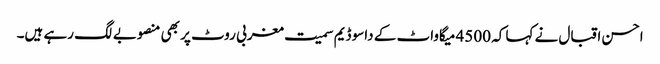
احسن اقبال نے کہا کہ 4500 میگاواٹ کے داسو ڈیم سمیت مغربی روٹ پر بھی منصوبے لگ رہے ہیں۔